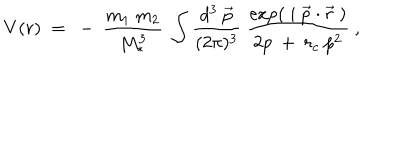
LaTeX: V ( r ) ~ = ~ - ~ { \frac { m _ { 1 } ~ m _ { 2 } } { M _ { * } ^ { 3 } } } ~ \int { \frac { d ^ { 3 } ~ \vec { p } } { ( 2 \pi ) ^ { 3 } } } ~ { \frac { \exp ( ~ i ~ \vec { p } \cdot \vec { r } ~ ) } { 2 p ~ + ~ r _ { c } ~ { p } ^ { 2 } } } ~ ,